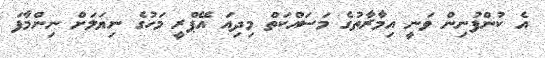
އެ ކުންފުނިން ވަނީ އިމާރާތުގެ މަސައްކަތް މިދިއަ އޭޕްރީ މަހުގެ ނިޔަލަށް ނިންމާފަ